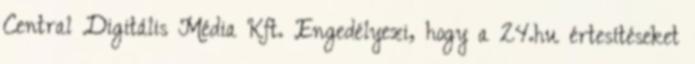
Central Digitális Média Kft. Engedélyezi, hogy a 24.hu értesítéseket